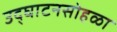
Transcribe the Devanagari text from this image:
उद्‌घाटनसोहळा